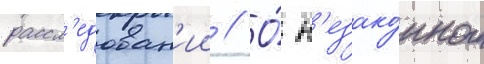
рассл'едован'ии // О́ н'езако́нном